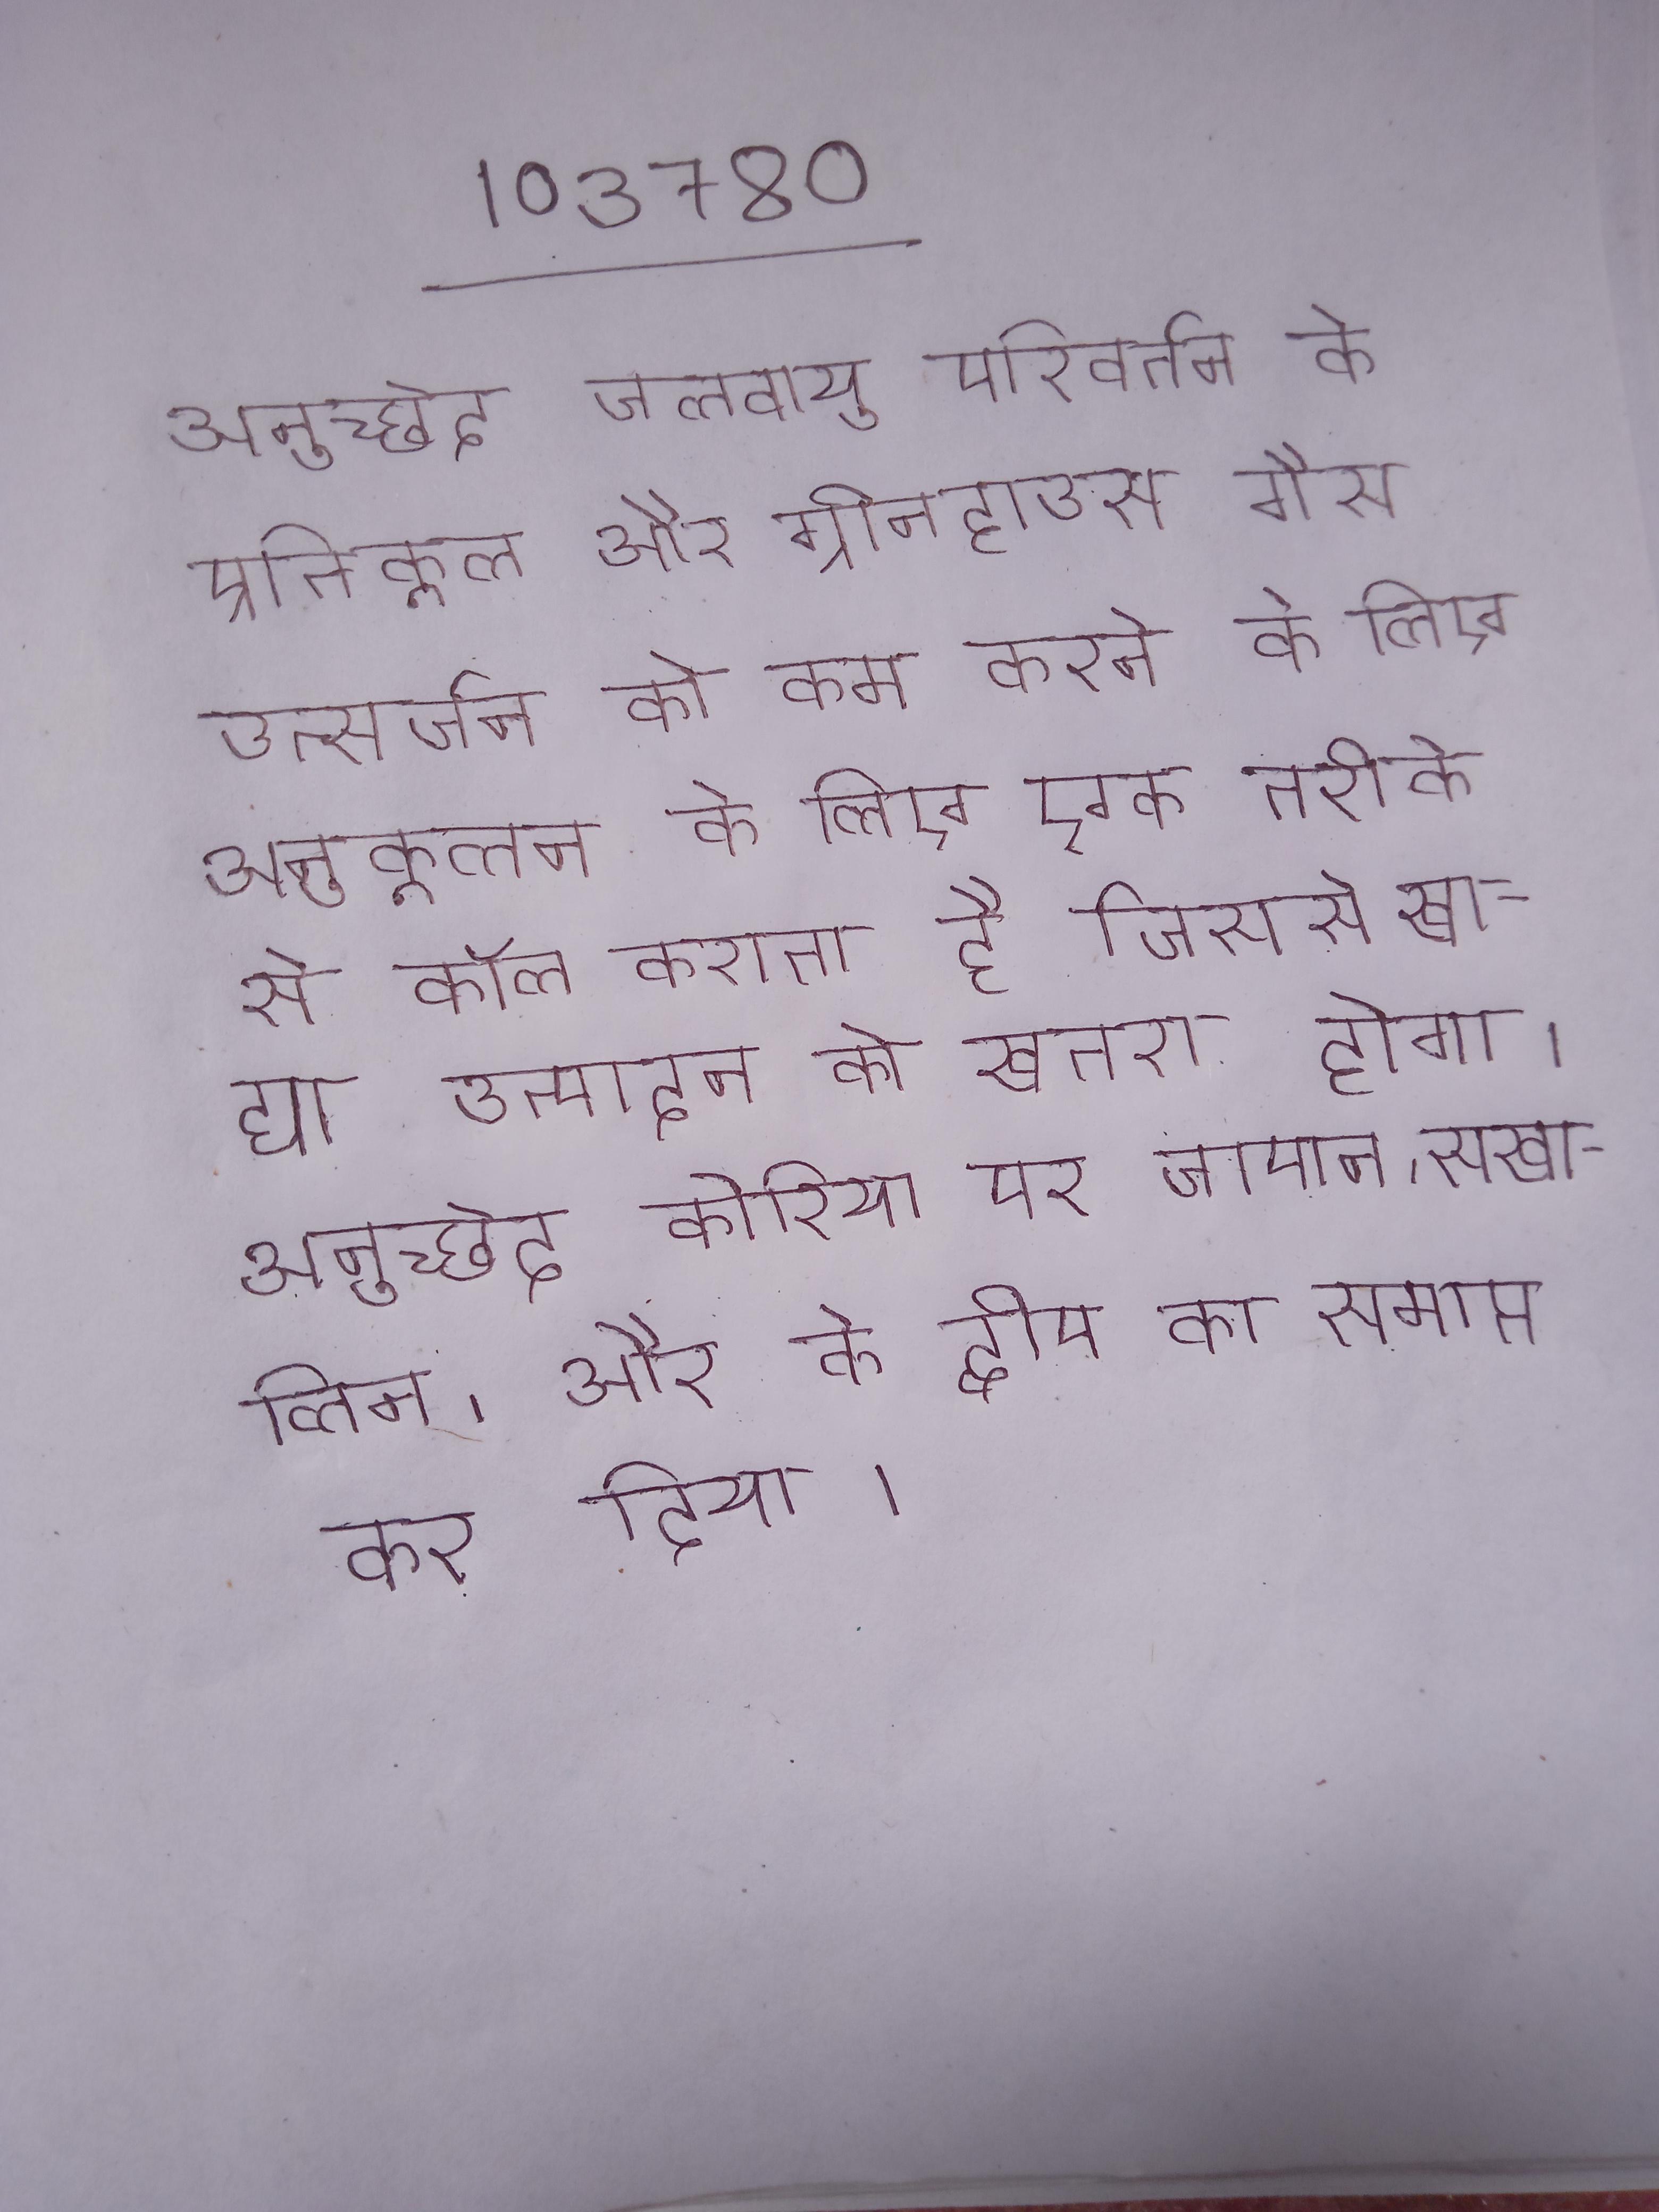
अनुच्छेद जलवायु परिवर्तन के प्रतिकूल और ग्रीनहाउस गैस उत्सर्जन को कम करने के लिए अनुकूलन के लिए एक तरीके से कॉल करता है जिससे खाद्य उत्पादन को खतरा होगा । अनुच्छेद कोरिया पर जापान, सखालिन, और के द्वीप का समाप्त कर दिया ।